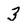
Character: 3